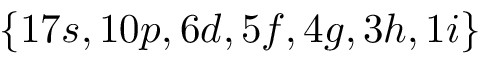
\{ 1 7 s , 1 0 p , 6 d , 5 f , 4 g , 3 h , 1 i \}